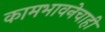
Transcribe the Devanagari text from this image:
कामभावनेचाही